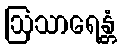
ဩသာရေန္တံ